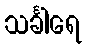
သင်္ခါရေ